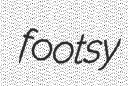
footsy